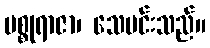
မစ္စုရာဇာ၊ သေမင်းသည်။